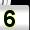
Digit: 5